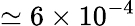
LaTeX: \simeq 6\times 10^{-4}